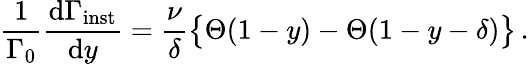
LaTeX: {\frac{1}{\Gamma_{0}}}{\frac{\mathrm{d}\Gamma_{\mathrm{inst}}}{\mathrm{d}y}}={\frac{\nu}{\delta}}\big\{ \Theta(1-y)-\Theta(1-y-\delta)\big\} \, .